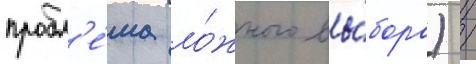
пробл'е́ма ло́жного вы́бора) /